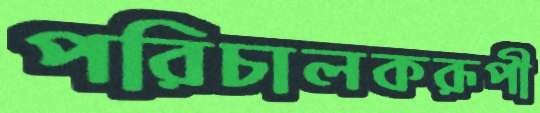
পরিচালকরূপী